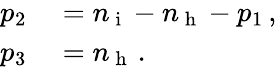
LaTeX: \begin{array}{rl}{p_{2}}&{{}=n_{\mathrm{~i~}}-n_{\mathrm{~h~}}-p_{1}\, ,}\\ {p_{3}}&{{}=n_{\mathrm{~h~}}\, .}\end{array}